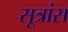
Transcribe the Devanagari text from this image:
सूत्रांस